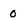
Character: 0